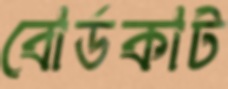
বোর্ডকাট